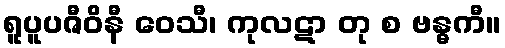
ရူပူပဇီဝိနီ ဝေသီ၊ ကုလဋာ တု စ ဗန္ဓကီ။